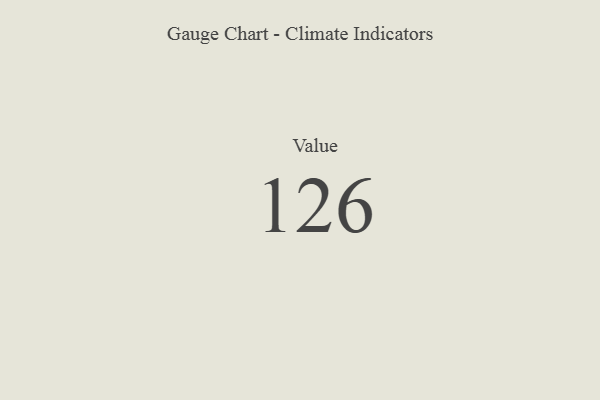
{"axis": {"x": "Metric", "y": "Value"}, "legend": [""], "data": [{"x": "Value", "y": 126, "type": ""}]}